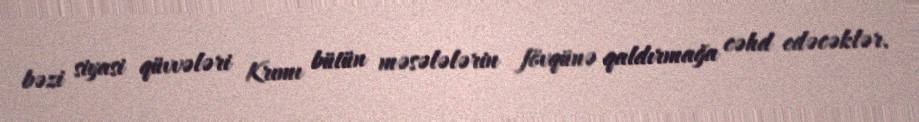
bəzi siyasi qüvvələri Krımı bütün məsələlərin fövqünə qaldırmağa cəhd edəcəklər.